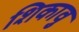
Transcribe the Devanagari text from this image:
शिकावु